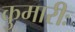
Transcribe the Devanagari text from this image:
कुमारीः